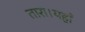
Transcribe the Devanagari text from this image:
तारा।यहाँ